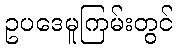
ဥပဒေမူကြမ်းတွင်